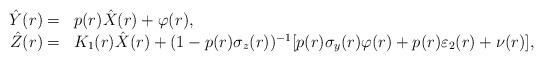
LaTeX: \begin{align*}\begin{array}[c]{rl}\hat{Y}(r)= & p(r)\hat{X}(r)+\varphi(r),\\\hat{Z}(r)= & K_{1}(r)\hat{X}(r)+(1-p(r)\sigma_{z}(r))^{-1}[p(r)\sigma_y(r)\varphi(r)+p(r)\varepsilon_2(r)+\nu(r)],\end{array}\end{align*}